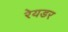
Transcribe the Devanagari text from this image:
रेयडर